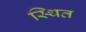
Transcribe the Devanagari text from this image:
स्थित